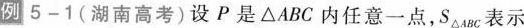
例5-1 (湖南高考)设P是△ABC内任意一点，S△ac表示